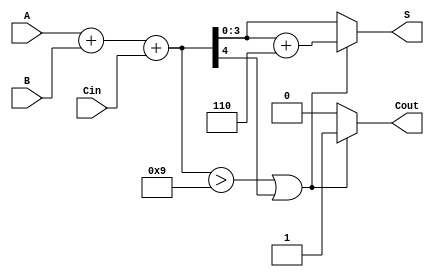
module BCD_Fast_Adder (
    input  [3:0] A,      // First BCD digit, 4 bits
    input  [3:0] B,      // Second BCD digit, 4 bits
    input        Cin,     // Carry-in for multi-digit addition
    output reg [3:0] S,   // BCD sum output, 4 bits
    output reg Cout       // Carry-out
);

    wire [4:0] sum;       // Sum of A, B, and Cin
    wire correction_needed; // Signal to indicate if correction is needed

    // Step 1: Perform binary addition
    assign sum = A + B + Cin;

    // Step 2: Check for BCD correction conditions
    assign correction_needed = (sum > 9) || (sum[4] == 1);

    // Step 3: Calculate the corrected BCD result
    always @(*) begin
        if (correction_needed) begin
            // If correction is needed, add 6 to the sum
            S = sum + 5'b00110; // Add 6 (0110 in binary)
            Cout = 1;           // Set carry-out
        end else begin
            S = sum[3:0];       // No correction, take lower 4 bits
            Cout = 0;           // No carry-out
        end
    end

endmodule